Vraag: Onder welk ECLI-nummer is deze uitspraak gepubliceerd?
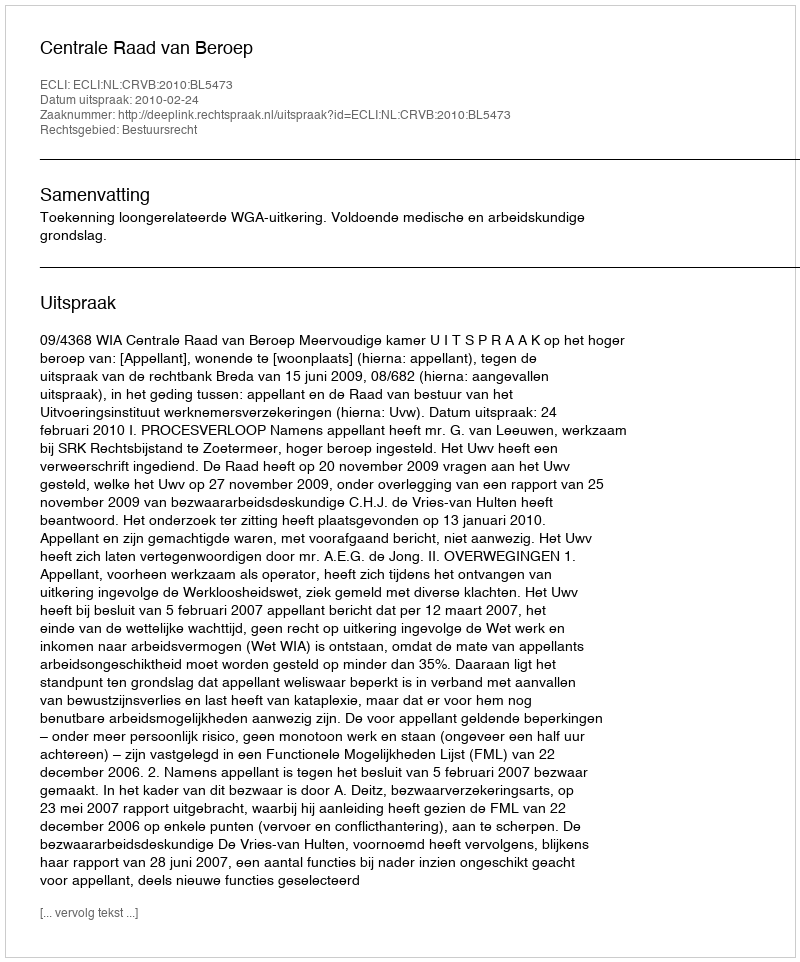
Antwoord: ECLI:NL:CRVB:2010:BL5473